[Report on the health of British troops in the Madras command]
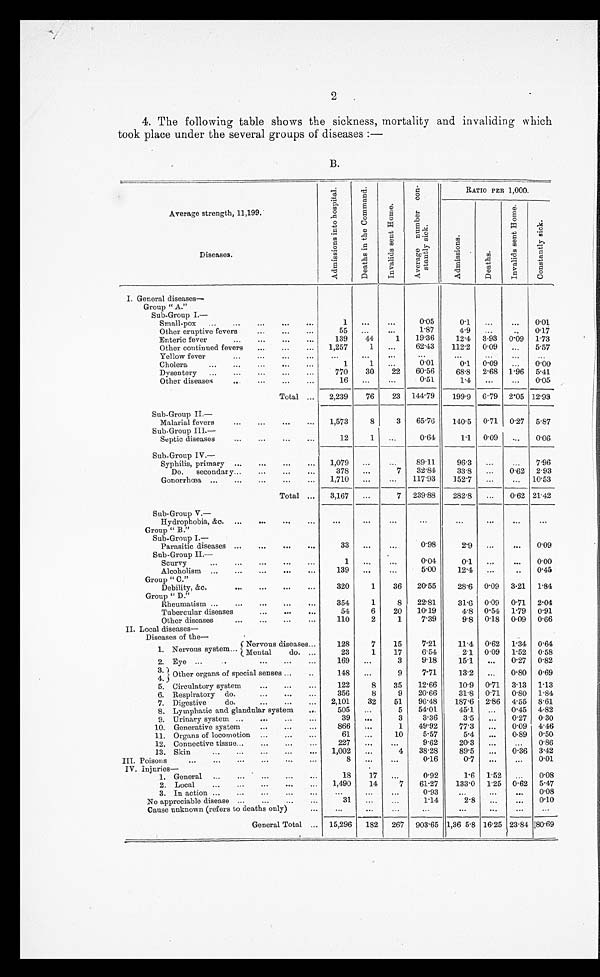
2
4. The following table shows the sickness, mortality and invaliding which
took place under the several groups of diseases :—
B.
Average strength, 11,199.
Diseases.
A d m i s s i o n s i n t o h o s p i t a l .
D e a t h i n t t h e c o m m o n a n d .
I n v a l i d s s e n d H o m e .
A v e r a g e n u m b e r c o n - s t a n t l y s i c k .
RATIO PER 1,000.
A d m i s s d s i o n .
D e a t h s .
I n v a l i d s s e n t H o m e .
C o n s t a n t l y s i c k
I. General diseases
-
Group " A."
Sub-Group I.
—
Small-pox ...
... ... ...
...
... ...
... ...
0.05
0.1
...
...
0.01
Other eruptive fevers ... . ..
. ...
...
...
55 ...
. . .
1.87
4.9
...
...
0.17
Enteric fever
...
...
...
...
139
44
1
19.36
12.4 3.93 0.09 1.73
Other continued fevers
...
...
...
1,257
1
. . .
62.43 112.2 0.09
...
5.57
Yellow fever
... ... ... ...
...
. . . ...
...
...
. . .
. . .
. . .
. . .
Cholera
...
... ... ...
...
...
1
1
...
0.01
0.1 0.09 ...
0.00
Dysentery ...
... ... ...
...
...
770
30
22
60.56
68.8 2.68 1.9. 6 5.41
Other diseases
... ... ...
...
...
16 ...
...
0.51
1.4
...
...
0.05
Total ...
2,239
76
23 144.79
199.9 6.79 2.05 12.93
Sub-Group II.
-
Malarial fevers
Sub-Group III.—
... ... ...
...
...
1,573
8
3
65.76
140.5 0.71 0.27 5.87
Septic diseases
... ... ...
...
...
12
1
...
0.64
1.1 0.09
. . . 0.06
Sub-Group IV.—
Syphilis, primary ...
...
...
...
...
1,079 ...
...
89.11
96.
...
...
7.96
Do. secondary... ... ...
. . .
...
378
. .
7
32.84
33.8
...
0.62 2.93
Gonorrhoea ...
...
...
...
...
1,710 ...
...
117.93
152.7
...
... 10.53
Total ...
3,167 ...
7 239.88
282.8
...
0.62 21.42
Sub-Group V.
—
H y d r o p h o b i a , & c .
...
...
..
..
...
...
...
...
...
...
...
Group " B."
Sub-Group I.–
Parasitic diseases ...
...
...
. . .
...
33 ...
...
0.98
2.9
. . . ...
0.09
Sub-Group II.
–
Scurvy
..
... ...
...
...
. . .
0.04
0.1 ...
...
0.00
Alcoholism ...
... ... ...
...
...
139 ...
...
5.00
12.4 ...
0.45
Group " C."
Debility,&c.
...
... ...
...
...
320
1
36
20.55
28.6 0.09 3.21 1.84
Group " D".
Rheumatism ...
...
... ...
...
...
354
1
8
22.81
31.6 0.09 0.71 2.04
Tubercular diseases ... ...
. . .
...
54
6
20
10.19
4.8 0.54 1.79 0.91
Other diseases
... ...
. . .
...
110
2
1
7.39
9.8 0.18 0.09 0.66
II. Local diseases
-
Diseases of the-
1. Nervous system... Nervous diseases...
128
7
15
7.21
11.4 0.62 1.34 0.64
Mental
do. ...
23
1
17
6.54
2.1 0.09 1.52 0.58
2. Eye ...
... ...
...
...
169
...
3
9.18
15.1 ...
0.27 0.82
3 .
Other organs of special senses ...
...
148 ...
9
7.71
13.2 ...
0.80 0.69
4.
5. Circulatory system
...
. . .
...
122
8
35
12.66
10.9 0.71 3.13 1.13
6. Respiratory do.
...
. . . ...
356
8
9
20.66
31.8 0.71 0.80 1.84
7. Digestive
do.
... ...
...
2,101
32
51
96.48
187.6 2.86 4.55 8.61
8. Lymphatic and glandular system ...
505
. . .
5
54.01
45.1.
...
0.45 4.82
9. Urinary system ...
...
. . . ...
39 ...
3
3.36
3.5 ...
0.27 0.30
10. Generative system
...
. . . ...
866 ...
1
49.92
77.3
. . .
0.09 4.46
11. Organs of locomotion ...
. . . ...
61 ...
10
5.57
5.4
. . . 0.89 0.50
12. Connective tissue...
...
. . . ...
227
. . .
...
9.62
20.3
. . .
.
0.86
13. Skin
...
... ...
...
1,002 ...
4
38.28
89.5
. . . 0.36 3.42
III. Poisons ... ... ... ... ...
...
8
...
. . .
0.16
0.7
...
...
0.01
IV. Injuries
-
1. General ,..
...
...
. . .
...
18
17 ...
0.92
1.6 1.52 ...
0.08
2. Local
...
...
...
...
...
1,490
14
7
61.27
133.0 1.25 0.62 5.47
3 .
I n a c t i o n
. . . ...
...
...
...
... ...
...
0.93
... ...
...
0.08
No appreciable disease ...
...
. . . ...
31
. . .
...
1.14
2.8 ...
...
0.10
Cause unknown (refers to deaths only)
...
. . .
...
...
. . ....
......
General Total ...
15,296 182 267 903.65 1,36 5.8 16.25 23.84 80.69